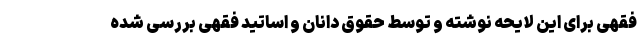
فقهی برای این لایحه نوشته و توسط حقوق دانان و اساتید فقهی بررسی شده